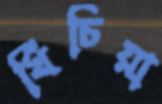
খিঁচিয়া